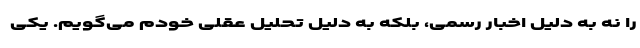
را نه به دلیل اخبار رسمی، بلکه به دلیل تحلیل عقلی خودم می‌گویم. یکی